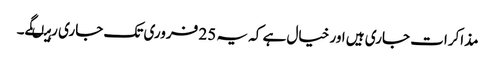
مذاکرات جاری ہیں اور خیال ہے کہ یہ 25 فروری تک جاری رہیںگے۔